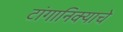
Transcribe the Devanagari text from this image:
टांगानिक्याचे